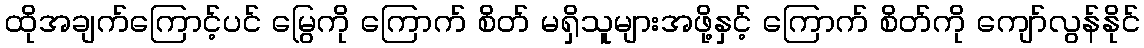
ထိုအချက်ကြောင့်ပင် မြွေကို ကြောက် စိတ် မရှိသူများအဖို့နှင့် ကြောက် စိတ်ကို ကျော်လွန်နိုင်